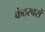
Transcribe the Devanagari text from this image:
कंठस्वरों